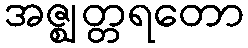
အဇ္ဈတ္တရတော